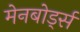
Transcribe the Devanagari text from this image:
मेनबोर्ड्स